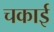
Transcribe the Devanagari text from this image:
चकाई